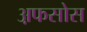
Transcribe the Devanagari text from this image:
अ़फसोस